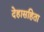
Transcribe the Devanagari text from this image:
देहासहिता